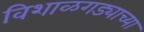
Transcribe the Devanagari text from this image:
विशाळगड्याच्या